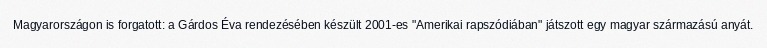
Magyarországon is forgatott: a Gárdos Éva rendezésében készült 2001-es "Amerikai rapszódiában" játszott egy magyar származású anyát.